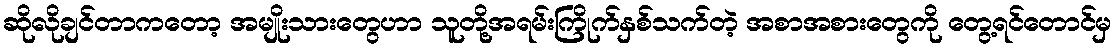
ဆိုလိုချင်တာကတော့ အမျိုးသားတွေဟာ သူတို့အရမ်းကြိုက်နှစ်သက်တဲ့ အစာအစားတွေကို တွေ့ရင်တောင်မှ